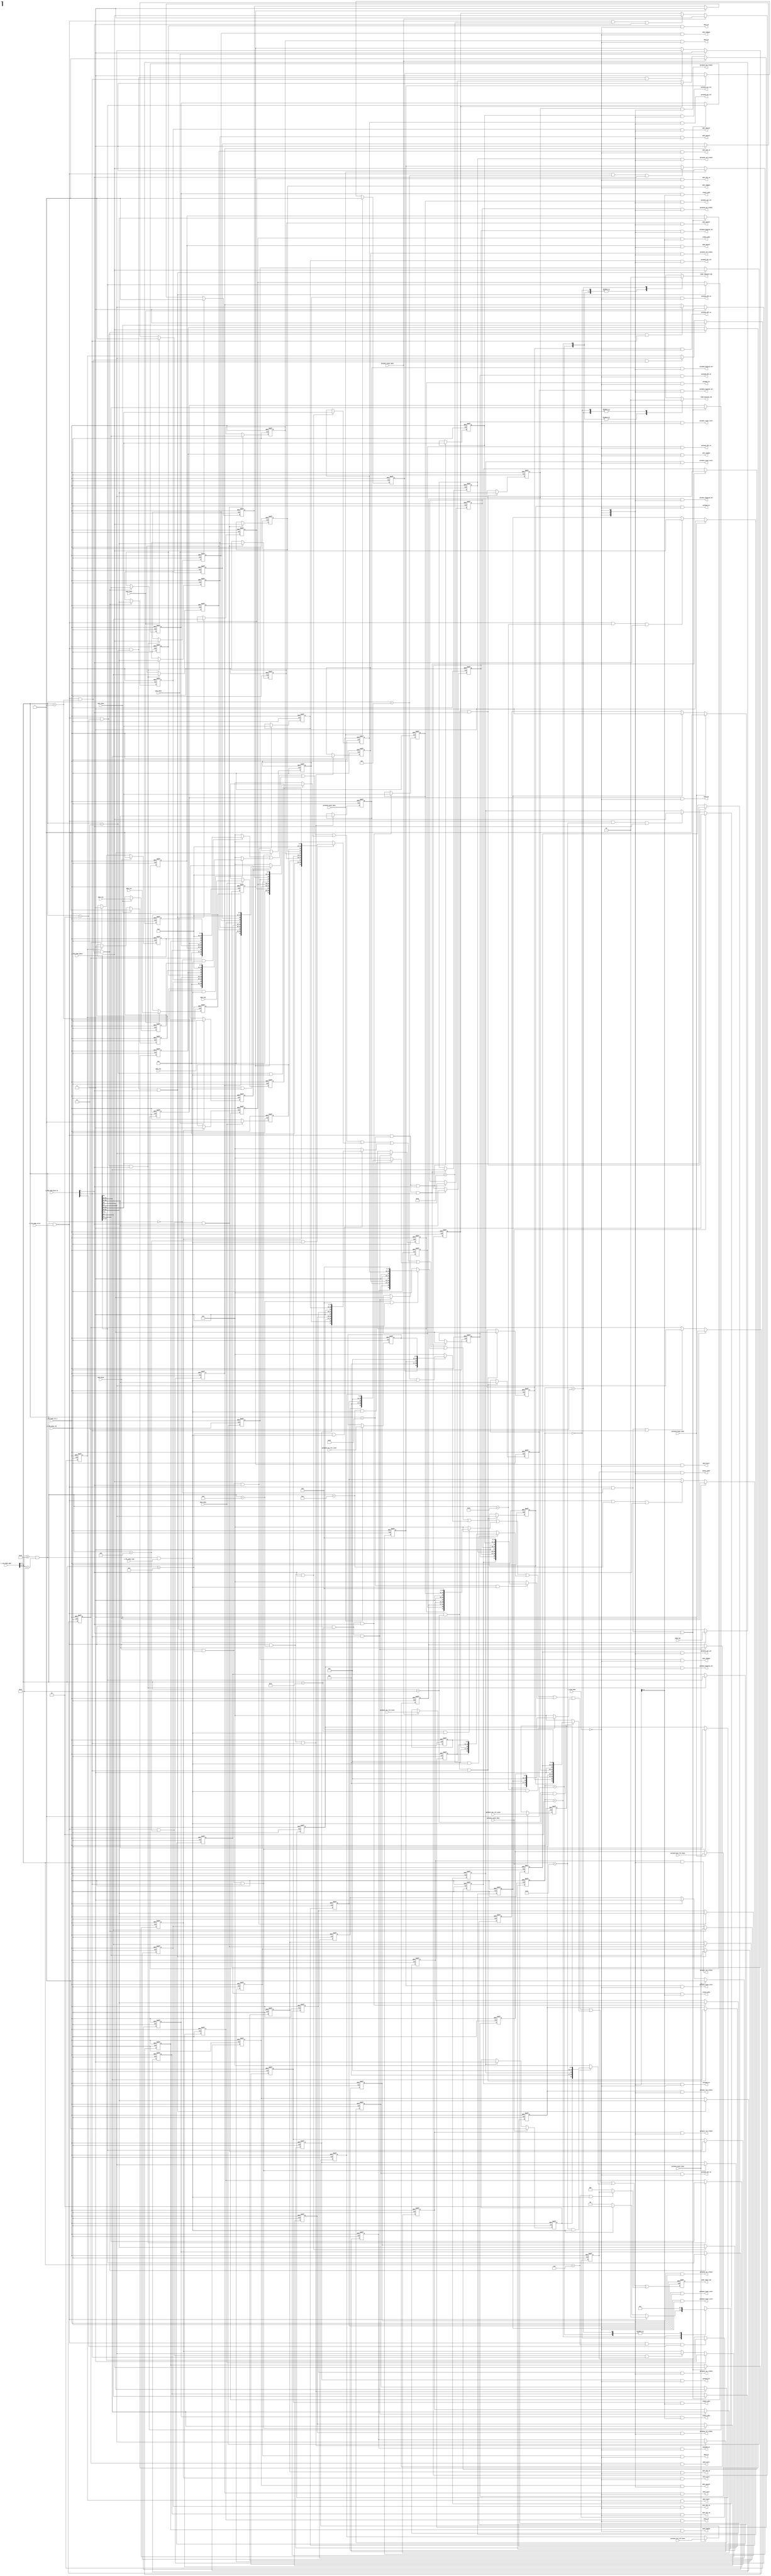
// This program was cloned from: https://github.com/chipsalliance/aib-phy-hardware
// License: Apache License 2.0

// SPDX-License-Identifier: Apache-2.0
// Copyright (C) 2022 HCL Technologies Ltd.
// Copyright (C) 2022 Blue Cheetah Analog Design, Inc.

module aib_avmm_top(
// Avalon interface Inputs
input        i_cfg_avmm_clk,
input        i_cfg_avmm_rst_n,
input [16:0] i_cfg_avmm_addr,
input [ 3:0] i_cfg_avmm_byte_en,
input        i_cfg_avmm_read,
input        i_cfg_avmm_write,
input [31:0] i_cfg_avmm_wdata,
// Scan mode input
input        i_scan_mode,
// ADC0 signals
output [1:0] clkdiv_adc0,
output [2:0] adc0_muxsel,
output       adc0_en,
output       adc0_start,
output       adc0_chopen,
output       adc0_dfx_en,
input  [9:0] adc0_out,
input        adc0_done,
// ADC1 signals
output [1:0] clkdiv_adc1,
output [2:0] adc1_muxsel,
output       adc1_en,
output       adc1_start,
output       adc1_chopen,
output       adc1_dfx_en,
input  [9:0] adc1_out,
input        adc1_done,
// ADC2 signals
output [1:0] clkdiv_adc2,
output [2:0] adc2_muxsel,
output       adc2_en,
output       adc2_start,
output       adc2_chopen,
output       adc2_dfx_en,
input  [9:0] adc2_out,
input        adc2_done,
// ADC3 signals
output [1:0] clkdiv_adc3,
output [2:0] adc3_muxsel,
output       adc3_en,
output       adc3_start,
output       adc3_chopen,
output       adc3_dfx_en,
input  [9:0] adc3_out,
input        adc3_done,
// ADC4 signals
output [1:0] clkdiv_adc4,
output [2:0] adc4_muxsel,
output       adc4_en,
output       adc4_start,
output       adc4_chopen,
output       adc4_dfx_en,
input  [9:0] adc4_out,
input        adc4_done,
// AIBIO PVTMONA CBB
output        pvtmona_en,
output        pvtmona_dfx_en,
output [ 2:0] pvtmona_digview_sel,
output [ 2:0] pvtmona_ref_clkdiv,
output [ 2:0] pvtmona_osc_clkdiv,
output [ 2:0] pvtmona_osc_sel,
output        pvtmona_count_start,
input  [ 9:0] pvtmona_osc_clk_count,
input         pvtmona_count_done,
// AIBIO PVTMONB CBB
output        pvtmonb_en,
output        pvtmonb_dfx_en,
output [ 2:0] pvtmonb_digview_sel,
output [ 2:0] pvtmonb_ref_clkdiv,
output [ 2:0] pvtmonb_osc_clkdiv,
output [ 2:0] pvtmonb_osc_sel,
output        pvtmonb_count_start,
input  [ 9:0] pvtmonb_osc_clk_count,
input         pvtmonb_count_done,
// AIBIO PVTMONC CBB
output        pvtmonc_en,
output        pvtmonc_dfx_en,
output [ 2:0] pvtmonc_digview_sel,
output [ 2:0] pvtmonc_ref_clkdiv,
output [ 2:0] pvtmonc_osc_clkdiv,
output [ 2:0] pvtmonc_osc_sel,
output        pvtmonc_count_start,
input  [ 9:0] pvtmonc_osc_clk_count,
input         pvtmonc_count_done,
// AIBIO PVTMOND CBB
output        pvtmond_en,
output        pvtmond_dfx_en,
output [ 2:0] pvtmond_digview_sel,
output [ 2:0] pvtmond_ref_clkdiv,
output [ 2:0] pvtmond_osc_clkdiv,
output [ 2:0] pvtmond_osc_sel,
output        pvtmond_count_start,
input  [ 9:0] pvtmond_osc_clk_count,
input         pvtmond_count_done,
// AIBIO PVTMONA CBB
output        pvtmone_en,
output        pvtmone_dfx_en,
output [ 2:0] pvtmone_digview_sel,
output [ 2:0] pvtmone_ref_clkdiv,
output [ 2:0] pvtmone_osc_clkdiv,
output [ 2:0] pvtmone_osc_sel,
output        pvtmone_count_start,
input  [ 9:0] pvtmone_osc_clk_count,
input         pvtmone_count_done,
// Auxiliary Channel signals
output [2:0] auxch_rxbuf,
// Avalon outputs
output reg        avmm_rdatavld_top,
output reg [31:0] avmm_rdata_top, 
output reg        avmm_waitreq_top
);

// Address offsets
localparam [7:0] ADC0_ADDR_OFF  = 'h0;  
localparam [7:0] ADC1_ADDR_OFF  = 'h4;  
localparam [7:0] ADC2_ADDR_OFF  = 'h8;  
localparam [7:0] ADC3_ADDR_OFF  = 'hc;  
localparam [7:0] ADC4_ADDR_OFF  = 'h10; 
localparam [7:0] AUXCH_ADDR_OFF = 'h18;

// PVTMON offsets
localparam [7:0] PVTMONA3_ADDR_OFF   = 8'h24;
localparam [7:0] PVTMONA4_ADDR_OFF   = 8'h28;
localparam [7:0] PVTMONB3_ADDR_OFF   = 8'h34;
localparam [7:0] PVTMONB4_ADDR_OFF   = 8'h38;
localparam [7:0] PVTMONC3_ADDR_OFF   = 8'h44;
localparam [7:0] PVTMONC4_ADDR_OFF   = 8'h48;
localparam [7:0] PVTMOND3_ADDR_OFF   = 8'h54;
localparam [7:0] PVTMOND4_ADDR_OFF   = 8'h58;
localparam [7:0] PVTMONE3_ADDR_OFF   = 8'h64;
localparam [7:0] PVTMONE4_ADDR_OFF   = 8'h68;

// Base addresses
localparam [16:0] AIB_BASE_LWR = 17'hc000;
localparam [16:0] AIB_BASE_UPR = 17'hc800;

// Access FSM states
localparam [1:0] AVMM_IDLE  = 2'd0;
localparam [1:0] AVMM_WRITE = 2'd1;
localparam [1:0] AVMM_READ  = 2'd2;
localparam [1:0] AVMM_VLRD  = 2'd3;

wire [31:0] rdata_comb;
wire        top_addr_match;
wire        top_only_write;
wire        top_only_read;
reg  [ 1:0] avmm_fsm_ns;
reg  [ 1:0] avmm_fsm_ff;

//--------------------------
// ADC0 register
//--------------------------
wire        adc0_sel;
wire        adc0_read;
wire        adc0_wbyte_23_16;
wire        adc0_wbyte_31_24;
wire [31:0] adc0_data;
reg         adc0_done_ff;
reg  [ 9:0] adc0_value_ff;
reg  [ 1:0] clkdiv_adc0_ff;
reg  [ 2:0] adc0_muxsel_ff;
reg         adc0_en_ff;
reg         adc0_start_ff;
reg         adc0_chopen_ff;
reg         adc0_dfx_en_ff;

//--------------------------
// ADC1 register
//--------------------------
wire        adc1_sel;
wire        adc1_read;
wire        adc1_wbyte_23_16;
wire        adc1_wbyte_31_24;
wire [31:0] adc1_data;
reg         adc1_done_ff;
reg  [ 9:0] adc1_value_ff;
reg  [ 1:0] clkdiv_adc1_ff;
reg  [ 2:0] adc1_muxsel_ff;
reg         adc1_en_ff;
reg         adc1_start_ff;
reg         adc1_chopen_ff;
reg         adc1_dfx_en_ff;

//--------------------------
// ADC2 register
//--------------------------
wire        adc2_sel;
wire        adc2_read;
wire        adc2_wbyte_23_16;
wire        adc2_wbyte_31_24;
wire [31:0] adc2_data;
reg         adc2_done_ff;
reg  [ 9:0] adc2_value_ff;
reg  [ 1:0] clkdiv_adc2_ff;
reg  [ 2:0] adc2_muxsel_ff;
reg         adc2_en_ff;
reg         adc2_start_ff;
reg         adc2_chopen_ff;
reg         adc2_dfx_en_ff;

//--------------------------
// ADC3 register
//--------------------------
wire        adc3_sel;
wire        adc3_read;
wire        adc3_wbyte_23_16;
wire        adc3_wbyte_31_24;
wire [31:0] adc3_data;
reg         adc3_done_ff;
reg  [ 9:0] adc3_value_ff;
reg  [ 1:0] clkdiv_adc3_ff;
reg  [ 2:0] adc3_muxsel_ff;
reg         adc3_en_ff;
reg         adc3_start_ff;
reg         adc3_chopen_ff;
reg         adc3_dfx_en_ff;

//--------------------------
// ADC4 register
//--------------------------
wire        adc4_sel;
wire        adc4_read;
wire        adc4_wbyte_23_16;
wire        adc4_wbyte_31_24;
wire [31:0] adc4_data;
reg         adc4_done_ff;
reg  [ 9:0] adc4_value_ff;
reg  [ 1:0] clkdiv_adc4_ff;
reg  [ 2:0] adc4_muxsel_ff;
reg         adc4_en_ff;
reg         adc4_start_ff;
reg         adc4_chopen_ff;
reg         adc4_dfx_en_ff;

//--------------------------
// AUXCH register
//--------------------------
wire        auxch_sel;
wire        auxch_read;
wire        auxch_wbyte_7_0;
wire [31:0] auxch_data;
reg  [ 2:0] auxch_rxbuf_cfg_code_ff;

//--------------------------
// PVTMONA3 register
//--------------------------
wire        pvtmona3_sel;
wire        pvtmona3_read;
wire        pvtmona3_wbyte_23_16;
wire        pvtmona3_wbyte_31_24;
wire [31:0] pvtmona3_data;
reg         pvtmona3_en_ff;
reg         pvtmona3_dfx_en_ff;
reg  [ 2:0] pvtmona3_digview_sel_ff;
reg  [ 2:0] pvtmona3_ref_clkdiv_ff;
reg  [ 2:0] pvtmona3_osc_clkdiv_ff;
reg  [ 2:0] pvtmona3_osc_sel_ff;

//--------------------------
// PVTMONA4 register
//--------------------------
wire        pvtmona4_sel;
wire        pvtmona4_read;
wire        pvtmona4_wbyte_23_16;
wire [31:0] pvtmona4_data;
reg         pvtmona4_count_done_ff;
reg         pvtmona4_count_start_ff;
reg  [ 9:0] pvtmona4_osc_clk_count_ff;

//--------------------------
// PVTMONB3 register
//--------------------------
wire        pvtmonb3_sel;
wire        pvtmonb3_read;
wire        pvtmonb3_wbyte_23_16;
wire        pvtmonb3_wbyte_31_24;
wire [31:0] pvtmonb3_data;
reg         pvtmonb3_en_ff;
reg         pvtmonb3_dfx_en_ff;
reg  [ 2:0] pvtmonb3_digview_sel_ff;
reg  [ 2:0] pvtmonb3_ref_clkdiv_ff;
reg  [ 2:0] pvtmonb3_osc_clkdiv_ff;
reg  [ 2:0] pvtmonb3_osc_sel_ff;

//--------------------------
// PVTMONB4 register
//--------------------------
wire        pvtmonb4_sel;
wire        pvtmonb4_read;
wire        pvtmonb4_wbyte_23_16;
wire [31:0] pvtmonb4_data;
reg         pvtmonb4_count_done_ff;
reg         pvtmonb4_count_start_ff;
reg  [ 9:0] pvtmonb4_osc_clk_count_ff;

//--------------------------
// PVTMONC3 register
//--------------------------
wire        pvtmonc3_sel;
wire        pvtmonc3_read;
wire        pvtmonc3_wbyte_23_16;
wire        pvtmonc3_wbyte_31_24;
wire [31:0] pvtmonc3_data;
reg         pvtmonc3_en_ff;
reg         pvtmonc3_dfx_en_ff;
reg  [ 2:0] pvtmonc3_digview_sel_ff;
reg  [ 2:0] pvtmonc3_ref_clkdiv_ff;
reg  [ 2:0] pvtmonc3_osc_clkdiv_ff;
reg  [ 2:0] pvtmonc3_osc_sel_ff;

//--------------------------
// PVTMONC4 register
//--------------------------
wire        pvtmonc4_sel;
wire        pvtmonc4_read;
wire        pvtmonc4_wbyte_23_16;
wire [31:0] pvtmonc4_data;
reg         pvtmonc4_count_done_ff;
reg         pvtmonc4_count_start_ff;
reg  [ 9:0] pvtmonc4_osc_clk_count_ff;

//--------------------------
// PVTMOND3 register
//--------------------------
wire        pvtmond3_sel;
wire        pvtmond3_read;
wire        pvtmond3_wbyte_23_16;
wire        pvtmond3_wbyte_31_24;
wire [31:0] pvtmond3_data;
reg         pvtmond3_en_ff;
reg         pvtmond3_dfx_en_ff;
reg  [ 2:0] pvtmond3_digview_sel_ff;
reg  [ 2:0] pvtmond3_ref_clkdiv_ff;
reg  [ 2:0] pvtmond3_osc_clkdiv_ff;
reg  [ 2:0] pvtmond3_osc_sel_ff;

//--------------------------
// PVTMOND4 register
//--------------------------
wire        pvtmond4_sel;
wire        pvtmond4_read;
wire        pvtmond4_wbyte_23_16;
wire [31:0] pvtmond4_data;
reg         pvtmond4_count_done_ff;
reg         pvtmond4_count_start_ff;
reg  [ 9:0] pvtmond4_osc_clk_count_ff;

//--------------------------
// PVTMONE3 register
//--------------------------
wire        pvtmone3_sel;
wire        pvtmone3_read;
wire        pvtmone3_wbyte_23_16;
wire        pvtmone3_wbyte_31_24;
wire [31:0] pvtmone3_data;
reg         pvtmone3_en_ff;
reg         pvtmone3_dfx_en_ff;
reg  [ 2:0] pvtmone3_digview_sel_ff;
reg  [ 2:0] pvtmone3_ref_clkdiv_ff;
reg  [ 2:0] pvtmone3_osc_clkdiv_ff;
reg  [ 2:0] pvtmone3_osc_sel_ff;

//--------------------------
// PVTMONE4 register
//--------------------------
wire        pvtmone4_sel;
wire        pvtmone4_read;
wire        pvtmone4_wbyte_23_16;
wire [31:0] pvtmone4_data;
reg         pvtmone4_count_done_ff;
reg         pvtmone4_count_start_ff;
reg  [ 9:0] pvtmone4_osc_clk_count_ff;

//------------------------------------------------------------------------------
//                          Address decodification
//------------------------------------------------------------------------------

assign top_addr_match  = (i_cfg_avmm_addr[16:11] >= AIB_BASE_LWR[16:11])& 
                         (i_cfg_avmm_addr[16:11] <  AIB_BASE_UPR[16:11]);

assign top_only_write = top_addr_match & i_cfg_avmm_write;
assign top_only_read  = top_addr_match & i_cfg_avmm_read;

//------------------------------------------------------------------------------
//                          Access FSM
//------------------------------------------------------------------------------

// Access FSM next state and output logic
always @(*)
  begin: avmm_fsm_ns_output_logic
    case(avmm_fsm_ff[1:0])
      AVMM_IDLE:
        begin
          avmm_waitreq_top  = 1'b1;
          avmm_rdatavld_top = 1'b0;
          if(top_only_write)
            begin
              avmm_fsm_ns[1:0] = AVMM_WRITE;
            end
          else if(top_only_read)
            begin
              avmm_fsm_ns[1:0] = AVMM_READ;
            end
          else
            begin
              avmm_fsm_ns[1:0] = AVMM_IDLE;
            end
        end
      AVMM_WRITE:
        begin
          avmm_waitreq_top  = 1'b0;
          avmm_rdatavld_top = 1'b0;
          avmm_fsm_ns[1:0]  = AVMM_IDLE;
        end
      AVMM_READ:
        begin
          avmm_waitreq_top  = 1'b0;
          avmm_rdatavld_top = 1'b0;
          avmm_fsm_ns[1:0]  = AVMM_VLRD;
        end
      AVMM_VLRD:
        begin
          avmm_waitreq_top  = 1'b1;
          avmm_rdatavld_top = 1'b1;
          avmm_fsm_ns[1:0]  = AVMM_IDLE;
        end
    endcase
  end // block: avmm_fsm_ns_output_logic

// AVMM access FSM register
always @(posedge i_cfg_avmm_clk or negedge i_cfg_avmm_rst_n)
  begin: avmm_fsm_register
    if(!i_cfg_avmm_rst_n)
      avmm_fsm_ff[1:0] <= AVMM_IDLE;
    else
      avmm_fsm_ff[1:0] <= avmm_fsm_ns[1:0];
  end // block: avmm_fsm_register


//------------------------------------------------------------------------------
//                                ADC0 register
//------------------------------------------------------------------------------
assign adc0_sel  = (i_cfg_avmm_addr[7:2] == ADC0_ADDR_OFF[7:2]);
assign adc0_read = adc0_sel & top_only_read;

assign adc0_wbyte_23_16 = top_only_write & adc0_sel & i_cfg_avmm_byte_en[2];
assign adc0_wbyte_31_24 = top_only_write & adc0_sel & i_cfg_avmm_byte_en[3];

// ADC0 conversion data register
always @(posedge i_cfg_avmm_clk or negedge i_cfg_avmm_rst_n)
  begin: adc0_value_register
    if(!i_cfg_avmm_rst_n)
      adc0_value_ff[9:0] <= 10'h0;
    else if(adc0_done) // Samples ADC conversion value
      adc0_value_ff[9:0] <= adc0_out[9:0];
  end // block: adc0_value_register

// ADC0 conversion done register
always @(posedge i_cfg_avmm_clk or negedge i_cfg_avmm_rst_n)
  begin: adc0_done_register
    if(!i_cfg_avmm_rst_n)
      adc0_done_ff <= 1'h0;
    else if(adc0_done) // ADC conversion done
      adc0_done_ff <= 1'h1;
    else if(adc0_start_ff) // ADC done is cleared when ADC conversion starts
      adc0_done_ff <= 1'h0;
  end // block: adc0_done_register

// ADC start register
always @(posedge i_cfg_avmm_clk or negedge i_cfg_avmm_rst_n)
  begin: adc0_start_register
    if(!i_cfg_avmm_rst_n)
      begin
        adc0_start_ff <= 1'h0;
      end
    else if(adc0_done)
      begin
        adc0_start_ff  <= 1'h0;
      end
    else if(adc0_wbyte_31_24)
      begin
        adc0_start_ff  <= i_cfg_avmm_wdata[31];
      end
  end // block: adc0_start_register

always @(posedge i_cfg_avmm_clk or negedge i_cfg_avmm_rst_n)
  begin: adc0_byte_23_16_register
    if(!i_cfg_avmm_rst_n)
      begin
        adc0_chopen_ff      <= 1'h0;
        adc0_en_ff          <= 1'h0;
        clkdiv_adc0_ff[1:0] <= 2'h0;
        adc0_muxsel_ff[2:0] <= 3'h0;
        adc0_dfx_en_ff      <= 1'h0;
      end
    else if(adc0_wbyte_23_16)
      begin
        adc0_chopen_ff      <= i_cfg_avmm_wdata[16];
        adc0_en_ff          <= i_cfg_avmm_wdata[17];
        clkdiv_adc0_ff[1:0] <= i_cfg_avmm_wdata[19:18];
        adc0_muxsel_ff[2:0] <= i_cfg_avmm_wdata[22:20];
        adc0_dfx_en_ff      <= i_cfg_avmm_wdata[23];
      end
  end // block: adc0_byte_23_16_register

assign adc0_data[31:0] = { adc0_start_ff,
                           7'h0,
                           adc0_dfx_en_ff,
                           adc0_muxsel_ff[2:0],
                           clkdiv_adc0_ff[1:0],
                           adc0_en_ff,
                           adc0_chopen_ff,
                           adc0_done_ff,
                           5'h0,
                           adc0_value_ff[9:0] };

assign adc0_start       = adc0_start_ff       & ~i_scan_mode;
assign adc0_dfx_en      = adc0_dfx_en_ff      & ~i_scan_mode;
assign adc0_muxsel[2:0] = adc0_muxsel_ff[2:0] & {3{(~i_scan_mode)}};
assign clkdiv_adc0[1:0] = clkdiv_adc0_ff[1:0] & {2{(~i_scan_mode)}};
assign adc0_en          = adc0_en_ff          & ~i_scan_mode;
assign adc0_chopen      = adc0_chopen_ff      & ~i_scan_mode;

//------------------------------------------------------------------------------
//                                ADC1 register
//------------------------------------------------------------------------------
assign adc1_sel  = (i_cfg_avmm_addr[7:2] == ADC1_ADDR_OFF[7:2]);
assign adc1_read = adc1_sel & top_only_read;

assign adc1_wbyte_23_16 = top_only_write & adc1_sel & i_cfg_avmm_byte_en[2];
assign adc1_wbyte_31_24 = top_only_write & adc1_sel & i_cfg_avmm_byte_en[3];

// ADC1 conversion data register
always @(posedge i_cfg_avmm_clk or negedge i_cfg_avmm_rst_n)
  begin: adc1_value_register
    if(!i_cfg_avmm_rst_n)
      adc1_value_ff[9:0] <= 10'h0;
    else if(adc1_done) // Samples ADC conversion value
      adc1_value_ff[9:0] <= adc1_out[9:0];
  end // block: adc1_value_register

// ADC1 conversion done register
always @(posedge i_cfg_avmm_clk or negedge i_cfg_avmm_rst_n)
  begin: adc1_done_register
    if(!i_cfg_avmm_rst_n)
      adc1_done_ff <= 1'h0;
    else if(adc1_done) // ADC conversion done
      adc1_done_ff <= 1'h1;
    else if(adc1_start_ff) // ADC done is cleared when ADC conversion starts
      adc1_done_ff <= 1'h0;
  end // block: adc1_done_register

// ADC start register
always @(posedge i_cfg_avmm_clk or negedge i_cfg_avmm_rst_n)
  begin: adc1_start_register
    if(!i_cfg_avmm_rst_n)
      begin
        adc1_start_ff <= 1'h0;
      end
    else if(adc1_done)
      begin
        adc1_start_ff  <= 1'h0;
      end
    else if(adc1_wbyte_31_24)
      begin
        adc1_start_ff  <=  i_cfg_avmm_wdata[31];
      end
  end // block: adc1_start_register

always @(posedge i_cfg_avmm_clk or negedge i_cfg_avmm_rst_n)
  begin: adc1_byte_23_16_register
    if(!i_cfg_avmm_rst_n)
      begin
        adc1_chopen_ff      <= 1'h0;
        adc1_en_ff          <= 1'h0;
        clkdiv_adc1_ff[1:0] <= 2'h0;
        adc1_muxsel_ff[2:0] <= 3'h0;
        adc1_dfx_en_ff      <= 1'h0;
      end
    else if(adc1_wbyte_23_16)
      begin
        adc1_chopen_ff      <= i_cfg_avmm_wdata[16];
        adc1_en_ff          <= i_cfg_avmm_wdata[17];
        clkdiv_adc1_ff[1:0] <= i_cfg_avmm_wdata[19:18];
        adc1_muxsel_ff[2:0] <= i_cfg_avmm_wdata[22:20];
        adc1_dfx_en_ff      <= i_cfg_avmm_wdata[23];
      end
  end // block: adc1_byte_23_16_register

assign adc1_data[31:0] = { adc1_start_ff,
                           7'h0,
                           adc1_dfx_en_ff,
                           adc1_muxsel_ff[2:0],
                           clkdiv_adc1_ff[1:0],
                           adc1_en_ff,
                           adc1_chopen_ff,
                           adc1_done_ff,
                           5'h0,
                           adc1_value_ff[9:0] };

assign adc1_start       = adc1_start_ff       & ~i_scan_mode;
assign adc1_dfx_en      = adc1_dfx_en_ff      & ~i_scan_mode;
assign adc1_muxsel[2:0] = adc1_muxsel_ff[2:0] & {3{(~i_scan_mode)}};
assign clkdiv_adc1[1:0] = clkdiv_adc1_ff[1:0] & {2{(~i_scan_mode)}};
assign adc1_en          = adc1_en_ff          & ~i_scan_mode;
assign adc1_chopen      = adc1_chopen_ff      & ~i_scan_mode;

//------------------------------------------------------------------------------
//                                ADC2 register
//------------------------------------------------------------------------------
assign adc2_sel  = (i_cfg_avmm_addr[7:2] == ADC2_ADDR_OFF[7:2]);
assign adc2_read = adc2_sel & top_only_read;

assign adc2_wbyte_23_16 = top_only_write & adc2_sel & i_cfg_avmm_byte_en[2];
assign adc2_wbyte_31_24 = top_only_write & adc2_sel & i_cfg_avmm_byte_en[3];

// ADC2 conversion data register
always @(posedge i_cfg_avmm_clk or negedge i_cfg_avmm_rst_n)
  begin: adc2_value_register
    if(!i_cfg_avmm_rst_n)
      adc2_value_ff[9:0] <= 10'h0;
    else if(adc2_done) // Samples ADC conversion value
      adc2_value_ff[9:0] <= adc2_out[9:0];
  end // block: adc2_value_register

// ADC2 conversion done register
always @(posedge i_cfg_avmm_clk or negedge i_cfg_avmm_rst_n)
  begin: adc2_done_register
    if(!i_cfg_avmm_rst_n)
      adc2_done_ff <= 1'h0;
    else if(adc2_done) // ADC conversion done
      adc2_done_ff <= 1'h1;
    else if(adc2_start_ff) // ADC done is cleared when ADC conversion starts
      adc2_done_ff <= 1'h0;
  end // block: adc2_done_register

// ADC start register
always @(posedge i_cfg_avmm_clk or negedge i_cfg_avmm_rst_n)
  begin: adc2_start_register
    if(!i_cfg_avmm_rst_n)
      begin
        adc2_start_ff <= 1'h0;
      end
    else if(adc2_done)
      begin
        adc2_start_ff  <= 1'h0;
      end
    else if(adc2_wbyte_31_24)
      begin
        adc2_start_ff  <= i_cfg_avmm_wdata[31];
      end
  end // block: adc2_start_register

always @(posedge i_cfg_avmm_clk or negedge i_cfg_avmm_rst_n)
  begin: adc2_byte_23_16_register
    if(!i_cfg_avmm_rst_n)
      begin
        adc2_chopen_ff      <= 1'h0;
        adc2_en_ff          <= 1'h0;
        clkdiv_adc2_ff[1:0] <= 2'h0;
        adc2_muxsel_ff[2:0] <= 3'h0;
        adc2_dfx_en_ff      <= 1'h0;
      end
    else if(adc2_wbyte_23_16)
      begin
        adc2_chopen_ff      <= i_cfg_avmm_wdata[16];
        adc2_en_ff          <= i_cfg_avmm_wdata[17];
        clkdiv_adc2_ff[1:0] <= i_cfg_avmm_wdata[19:18];
        adc2_muxsel_ff[2:0] <= i_cfg_avmm_wdata[22:20];
        adc2_dfx_en_ff      <= i_cfg_avmm_wdata[23];
      end
  end // block: adc2_byte_23_16_register

assign adc2_data[31:0] = { adc2_start_ff,
                           7'h0,
                           adc2_dfx_en_ff,
                           adc2_muxsel_ff[2:0],
                           clkdiv_adc2_ff[1:0],
                           adc2_en_ff,
                           adc2_chopen_ff,
                           adc2_done_ff,
                           5'h0,
                           adc2_value_ff[9:0] };

assign adc2_start       = adc2_start_ff       & ~i_scan_mode;
assign adc2_dfx_en      = adc2_dfx_en_ff      & ~i_scan_mode;
assign adc2_muxsel[2:0] = adc2_muxsel_ff[2:0] & {3{(~i_scan_mode)}};
assign clkdiv_adc2[1:0] = clkdiv_adc2_ff[1:0] & {2{(~i_scan_mode)}};
assign adc2_en          = adc2_en_ff          & ~i_scan_mode;
assign adc2_chopen      = adc2_chopen_ff      & ~i_scan_mode;

//------------------------------------------------------------------------------
//                                ADC3 register
//------------------------------------------------------------------------------
assign adc3_sel  = (i_cfg_avmm_addr[7:2] == ADC3_ADDR_OFF[7:2]);
assign adc3_read = adc3_sel & top_only_read;

assign adc3_wbyte_23_16 = top_only_write & adc3_sel & i_cfg_avmm_byte_en[2];
assign adc3_wbyte_31_24 = top_only_write & adc3_sel & i_cfg_avmm_byte_en[3];

// ADC3 conversion data register
always @(posedge i_cfg_avmm_clk or negedge i_cfg_avmm_rst_n)
  begin: adc3_value_register
    if(!i_cfg_avmm_rst_n)
      adc3_value_ff[9:0] <= 10'h0;
    else if(adc3_done) // Samples ADC conversion value
      adc3_value_ff[9:0] <= adc3_out[9:0];
  end // block: adc3_value_register

// ADC3 conversion done register
always @(posedge i_cfg_avmm_clk or negedge i_cfg_avmm_rst_n)
  begin: adc3_done_register
    if(!i_cfg_avmm_rst_n)
      adc3_done_ff <= 1'h0;
    else if(adc3_done) // ADC conversion done
      adc3_done_ff <= 1'h1;
    else if(adc3_start_ff) // ADC done is cleared when ADC conversion starts
      adc3_done_ff <= 1'h0;
  end // block: adc3_done_register

// ADC start register
always @(posedge i_cfg_avmm_clk or negedge i_cfg_avmm_rst_n)
  begin: adc3_start_register
    if(!i_cfg_avmm_rst_n)
      begin
        adc3_start_ff <= 1'h0;
      end
    else if(adc3_done)
      begin
        adc3_start_ff  <= 1'h0;
      end
    else if(adc3_wbyte_31_24)
      begin
        adc3_start_ff  <= i_cfg_avmm_wdata[31];
      end
  end // block: adc3_start_register

always @(posedge i_cfg_avmm_clk or negedge i_cfg_avmm_rst_n)
  begin: adc3_byte_23_16_register
    if(!i_cfg_avmm_rst_n)
      begin
        adc3_chopen_ff      <= 1'h0;
        adc3_en_ff          <= 1'h0;
        clkdiv_adc3_ff[1:0] <= 2'h0;
        adc3_muxsel_ff[2:0] <= 3'h0;
        adc3_dfx_en_ff      <= 1'h0;
      end
    else if(adc3_wbyte_23_16)
      begin
        adc3_chopen_ff      <= i_cfg_avmm_wdata[16];
        adc3_en_ff          <= i_cfg_avmm_wdata[17];
        clkdiv_adc3_ff[1:0] <= i_cfg_avmm_wdata[19:18];
        adc3_muxsel_ff[2:0] <= i_cfg_avmm_wdata[22:20];
        adc3_dfx_en_ff      <= i_cfg_avmm_wdata[23];
      end
  end // block: adc3_byte_23_16_register

assign adc3_data[31:0] = { adc3_start_ff,
                           7'h0,
                           adc3_dfx_en_ff,
                           adc3_muxsel_ff[2:0],
                           clkdiv_adc3_ff[1:0],
                           adc3_en_ff,
                           adc3_chopen_ff,
                           adc3_done_ff,
                           5'h0,
                           adc3_value_ff[9:0] };


assign adc3_start       = adc3_start_ff       & ~i_scan_mode;
assign adc3_dfx_en      = adc3_dfx_en_ff      & ~i_scan_mode;
assign adc3_muxsel[2:0] = adc3_muxsel_ff[2:0] & {3{(~i_scan_mode)}};
assign clkdiv_adc3[1:0] = clkdiv_adc3_ff[1:0] & {2{(~i_scan_mode)}};
assign adc3_en          = adc3_en_ff          & ~i_scan_mode;
assign adc3_chopen      = adc3_chopen_ff      & ~i_scan_mode;

//------------------------------------------------------------------------------
//                                ADC4 register
//------------------------------------------------------------------------------
assign adc4_sel  = (i_cfg_avmm_addr[7:2] == ADC4_ADDR_OFF[7:2]);
assign adc4_read = adc4_sel & top_only_read;

assign adc4_wbyte_23_16 = top_only_write & adc4_sel & i_cfg_avmm_byte_en[2];
assign adc4_wbyte_31_24 = top_only_write & adc4_sel & i_cfg_avmm_byte_en[3];

// ADC4 conversion data register
always @(posedge i_cfg_avmm_clk or negedge i_cfg_avmm_rst_n)
  begin: adc4_value_register
    if(!i_cfg_avmm_rst_n)
      adc4_value_ff[9:0] <= 10'h0;
    else if(adc4_done) // Samples ADC conversion value
      adc4_value_ff[9:0] <= adc4_out[9:0];
  end // block: adc4_value_register

// ADC4 conversion done register
always @(posedge i_cfg_avmm_clk or negedge i_cfg_avmm_rst_n)
  begin: adc4_done_register
    if(!i_cfg_avmm_rst_n)
      adc4_done_ff <= 1'h0;
    else if(adc4_done) // ADC conversion done
      adc4_done_ff <= 1'h1;
    else if(adc4_start_ff) // ADC done is cleared when ADC conversion starts
      adc4_done_ff <= 1'h0;
  end // block: adc4_done_register

// ADC start register
always @(posedge i_cfg_avmm_clk or negedge i_cfg_avmm_rst_n)
  begin: adc4_start_register
    if(!i_cfg_avmm_rst_n)
      begin
        adc4_start_ff <= 1'h0;
      end
    else if(adc4_done)
      begin
        adc4_start_ff  <= 1'h0;
      end
    else if(adc4_wbyte_31_24)
      begin
        adc4_start_ff  <= i_cfg_avmm_wdata[31];
      end
  end // block: adc4_start_register

always @(posedge i_cfg_avmm_clk or negedge i_cfg_avmm_rst_n)
  begin: adc4_byte_23_16_register
    if(!i_cfg_avmm_rst_n)
      begin
        adc4_chopen_ff      <= 1'h0;
        adc4_en_ff          <= 1'h0;
        clkdiv_adc4_ff[1:0] <= 2'h0;
        adc4_muxsel_ff[2:0] <= 3'h0;
        adc4_dfx_en_ff      <= 1'h0;
      end
    else if(adc4_wbyte_23_16)
      begin
        adc4_chopen_ff      <= i_cfg_avmm_wdata[16];
        adc4_en_ff          <= i_cfg_avmm_wdata[17];
        clkdiv_adc4_ff[1:0] <= i_cfg_avmm_wdata[19:18];
        adc4_muxsel_ff[2:0] <= i_cfg_avmm_wdata[22:20];
        adc4_dfx_en_ff      <= i_cfg_avmm_wdata[23];
      end
  end // block: adc4_byte_23_16_register

assign adc4_data[31:0] = { adc4_start_ff,
                           7'h0,
                           adc4_dfx_en_ff,
                           adc4_muxsel_ff[2:0],
                           clkdiv_adc4_ff[1:0],
                           adc4_en_ff,
                           adc4_chopen_ff,
                           adc4_done_ff,
                           5'h0,
                           adc4_value_ff[9:0] };

assign adc4_start       = adc4_start_ff       & ~i_scan_mode;
assign adc4_dfx_en      = adc4_dfx_en_ff      & ~i_scan_mode;
assign adc4_muxsel[2:0] = adc4_muxsel_ff[2:0] & {3{(~i_scan_mode)}};
assign clkdiv_adc4[1:0] = clkdiv_adc4_ff[1:0] & {2{(~i_scan_mode)}};
assign adc4_en          = adc4_en_ff          & ~i_scan_mode;
assign adc4_chopen      = adc4_chopen_ff      & ~i_scan_mode;

//------------------------------------------------------------------------------
//                             AUXCH register
//------------------------------------------------------------------------------
assign auxch_sel  = (i_cfg_avmm_addr[7:2] == AUXCH_ADDR_OFF[7:2]);
assign auxch_read = auxch_sel & top_only_read;

assign auxch_wbyte_7_0   = top_only_write & auxch_sel & i_cfg_avmm_byte_en[0];

always @(posedge i_cfg_avmm_clk or negedge i_cfg_avmm_rst_n)
  begin: auxch_byte_7_0_register
    if(!i_cfg_avmm_rst_n)
      begin
        auxch_rxbuf_cfg_code_ff[2:0] <= 3'h0;
      end
    else if(auxch_wbyte_7_0)
      begin
        auxch_rxbuf_cfg_code_ff[2:0] <= i_cfg_avmm_wdata[2:0];
      end
  end // block: auxch_byte_7_0_register

assign auxch_data[31:0] = {29'h0, auxch_rxbuf_cfg_code_ff[2:0]};

assign auxch_rxbuf[2:0] = auxch_rxbuf_cfg_code_ff[2:0] & {3{(~i_scan_mode)}};

//------------------------------------------------------------------------------
//                             AIBIO PVTMONA3 register
//------------------------------------------------------------------------------

assign pvtmona3_sel  = (i_cfg_avmm_addr[7:2]  == PVTMONA3_ADDR_OFF[7:2]);
assign pvtmona3_read = pvtmona3_sel & top_only_read;

assign pvtmona3_wbyte_23_16 = top_only_write & pvtmona3_sel & i_cfg_avmm_byte_en[2];
assign pvtmona3_wbyte_31_24 = top_only_write & pvtmona3_sel & i_cfg_avmm_byte_en[3];

always @(posedge i_cfg_avmm_clk or negedge i_cfg_avmm_rst_n)
  begin: pvtmona3_byte_23_16_register
    if(!i_cfg_avmm_rst_n)
      begin
        pvtmona3_osc_sel_ff[2:0]    <= 2'h0;
        pvtmona3_osc_clkdiv_ff[2:0] <= 3'h0;
      end
    else if(pvtmona3_wbyte_23_16)
      begin
        pvtmona3_osc_sel_ff[2:0]    <= i_cfg_avmm_wdata[18:16];
        pvtmona3_osc_clkdiv_ff[2:0] <= i_cfg_avmm_wdata[22:20];
      end
  end // block: pvtmona3_byte_23_16_register

always @(posedge i_cfg_avmm_clk or negedge i_cfg_avmm_rst_n)
  begin: pvtmona3_byte_31_24_register
    if(!i_cfg_avmm_rst_n)
      begin
        pvtmona3_ref_clkdiv_ff[2:0]  <= 3'h0;
        pvtmona3_digview_sel_ff[2:0] <= 3'h0;
        pvtmona3_dfx_en_ff           <= 1'b0;
        pvtmona3_en_ff               <= 1'h0;
      end
    else if(pvtmona3_wbyte_31_24)
      begin
        pvtmona3_ref_clkdiv_ff[2:0]  <= i_cfg_avmm_wdata[26:24];
        pvtmona3_digview_sel_ff[2:0] <= i_cfg_avmm_wdata[29:27];
        pvtmona3_dfx_en_ff           <= i_cfg_avmm_wdata[30];
        pvtmona3_en_ff               <= i_cfg_avmm_wdata[31];
      end
  end // block: pvtmona3_byte_31_24_register

assign pvtmona3_data[31:0] = { pvtmona3_en_ff,
                               pvtmona3_dfx_en_ff,
                               pvtmona3_digview_sel_ff[2:0],
                               pvtmona3_ref_clkdiv_ff[2:0],
                               1'h0,
                               pvtmona3_osc_clkdiv_ff[2:0],
                               1'h0,
                               pvtmona3_osc_sel_ff[2:0],
                               16'h0 };

// Logic to avoid that analog control signals change during scan
assign pvtmona_en          = pvtmona3_en_ff               & {(~i_scan_mode)};
assign pvtmona_dfx_en      = pvtmona3_dfx_en_ff           & {(~i_scan_mode)};
assign pvtmona_ref_clkdiv  = pvtmona3_ref_clkdiv_ff[2:0]  & {3{(~i_scan_mode)}};
assign pvtmona_digview_sel = pvtmona3_digview_sel_ff[2:0] & {3{(~i_scan_mode)}};
assign pvtmona_osc_clkdiv  = pvtmona3_osc_clkdiv_ff[2:0]  & {3{(~i_scan_mode)}};
assign pvtmona_osc_sel     = pvtmona3_osc_sel_ff[2:0]     & {3{(~i_scan_mode)}};

//------------------------------------------------------------------------------
//                             AIBIO PVTMONA4 register
//------------------------------------------------------------------------------

assign pvtmona4_sel  = (i_cfg_avmm_addr[7:2]  == PVTMONA4_ADDR_OFF[7:2]);
assign pvtmona4_read = pvtmona4_sel & top_only_read;

assign pvtmona4_wbyte_23_16 = top_only_write & pvtmona4_sel & i_cfg_avmm_byte_en[2];

// Oscillator clock counter done register
always @(posedge i_cfg_avmm_clk or negedge i_cfg_avmm_rst_n)
  begin: pvtmona4_osc_count_done_register
    if(!i_cfg_avmm_rst_n)
      pvtmona4_count_done_ff <= 1'h0;
    else if(pvtmona_count_done)
      pvtmona4_count_done_ff <= 1'h1;
    else if(pvtmona4_count_start_ff)
      pvtmona4_count_done_ff <= 1'h0;
  end // block: pvtmona4_osc_count_done_register

// Oscillator clock counter register
always @(posedge i_cfg_avmm_clk or negedge i_cfg_avmm_rst_n)
  begin: pvtmona4_osc_clk_count_register
    if(!i_cfg_avmm_rst_n)
      pvtmona4_osc_clk_count_ff[9:0] <= 10'h0;
    else if(pvtmona_count_done)
      pvtmona4_osc_clk_count_ff[9:0] <= pvtmona_osc_clk_count[9:0];
  end // block: pvtmona4_osc_clk_count_register

// PVT monitor counter start register
always @(posedge i_cfg_avmm_clk or negedge i_cfg_avmm_rst_n)
  begin: pvtmona4_count_start_register
    if(!i_cfg_avmm_rst_n)
      begin
        pvtmona4_count_start_ff <= 1'h0;
      end
    else if(pvtmona_count_done)
      begin
        pvtmona4_count_start_ff <= 1'h0;
      end
    else if(pvtmona4_wbyte_23_16)
      begin
        pvtmona4_count_start_ff <= i_cfg_avmm_wdata[16];
      end
  end // block: pvtmona4_byte_23_16_register

assign pvtmona4_data[31:0] = { pvtmona4_count_done_ff,
                               14'h0,
                               pvtmona4_count_start_ff,
                               6'h0,
                               pvtmona4_osc_clk_count_ff[9:0] };

// Logic to avoid that analog control signals change during scan
assign pvtmona_count_start = pvtmona4_count_start_ff & {(~i_scan_mode)};

//------------------------------------------------------------------------------
//                             AIBIO PVTMONB3 register
//------------------------------------------------------------------------------

assign pvtmonb3_sel  = (i_cfg_avmm_addr[7:2]  == PVTMONB3_ADDR_OFF[7:2]);
assign pvtmonb3_read = pvtmonb3_sel & top_only_read;

assign pvtmonb3_wbyte_23_16 = top_only_write & pvtmonb3_sel & i_cfg_avmm_byte_en[2];
assign pvtmonb3_wbyte_31_24 = top_only_write & pvtmonb3_sel & i_cfg_avmm_byte_en[3];

always @(posedge i_cfg_avmm_clk or negedge i_cfg_avmm_rst_n)
  begin: pvtmonb3_byte_23_16_register
    if(!i_cfg_avmm_rst_n)
      begin
        pvtmonb3_osc_sel_ff[2:0]    <= 3'h0;
        pvtmonb3_osc_clkdiv_ff[2:0] <= 3'h0;
      end
    else if(pvtmonb3_wbyte_23_16)
      begin
        pvtmonb3_osc_sel_ff[2:0]    <= i_cfg_avmm_wdata[18:16];
        pvtmonb3_osc_clkdiv_ff[2:0] <= i_cfg_avmm_wdata[22:20];
      end
  end // block: pvtmonb3_byte_23_16_register

always @(posedge i_cfg_avmm_clk or negedge i_cfg_avmm_rst_n)
  begin: pvtmonb3_byte_31_24_register
    if(!i_cfg_avmm_rst_n)
      begin
        pvtmonb3_ref_clkdiv_ff[2:0]  <= 3'h0;
        pvtmonb3_digview_sel_ff[2:0] <= 3'h0;
        pvtmonb3_dfx_en_ff           <= 1'b0;
        pvtmonb3_en_ff               <= 1'h0;
      end
    else if(pvtmonb3_wbyte_31_24)
      begin
        pvtmonb3_ref_clkdiv_ff[2:0] <= i_cfg_avmm_wdata[26:24];
        pvtmonb3_digview_sel_ff[2:0] <= i_cfg_avmm_wdata[29:27];
        pvtmonb3_dfx_en_ff          <= i_cfg_avmm_wdata[30];
        pvtmonb3_en_ff              <= i_cfg_avmm_wdata[31];
      end
  end // block: pvtmonb3_byte_31_24_register

assign pvtmonb3_data[31:0] = { pvtmonb3_en_ff,
                               pvtmonb3_dfx_en_ff,
                               pvtmonb3_digview_sel_ff[2:0],
                               pvtmonb3_ref_clkdiv_ff[2:0],
                               1'h0,
                               pvtmonb3_osc_clkdiv_ff[2:0],
                               1'h0,
                               pvtmonb3_osc_sel_ff[2:0],
                               16'h0 };

// Logic to avoid that analog control signals change during scan
assign pvtmonb_en          = pvtmonb3_en_ff               & {(~i_scan_mode)};
assign pvtmonb_dfx_en      = pvtmonb3_dfx_en_ff           & {(~i_scan_mode)};
assign pvtmonb_digview_sel = pvtmonb3_digview_sel_ff[2:0] & {3{(~i_scan_mode)}};
assign pvtmonb_ref_clkdiv  = pvtmonb3_ref_clkdiv_ff[2:0]  & {3{(~i_scan_mode)}};
assign pvtmonb_osc_clkdiv  = pvtmonb3_osc_clkdiv_ff[2:0]  & {3{(~i_scan_mode)}};
assign pvtmonb_osc_sel     = pvtmonb3_osc_sel_ff[2:0]     & {3{(~i_scan_mode)}};

//------------------------------------------------------------------------------
//                             AIBIO PVTMONB4 register
//------------------------------------------------------------------------------

assign pvtmonb4_sel  = (i_cfg_avmm_addr[7:2]  == PVTMONB4_ADDR_OFF[7:2]);
assign pvtmonb4_read = pvtmonb4_sel & top_only_read;

assign pvtmonb4_wbyte_23_16 = top_only_write & pvtmonb4_sel & i_cfg_avmm_byte_en[2];

// Oscillator clock counter done register
always @(posedge i_cfg_avmm_clk or negedge i_cfg_avmm_rst_n)
  begin: pvtmonb4_osc_count_done_register
    if(!i_cfg_avmm_rst_n)
      pvtmonb4_count_done_ff <= 1'h0;
    else if(pvtmonb_count_done)
      pvtmonb4_count_done_ff <= 1'h1;
    else if(pvtmonb4_count_start_ff)
      pvtmonb4_count_done_ff <= 1'h0;
  end // block: pvtmonb4_osc_count_done_register

// Oscillator clock counter register
always @(posedge i_cfg_avmm_clk or negedge i_cfg_avmm_rst_n)
  begin: pvtmonb4_osc_clk_count_register
    if(!i_cfg_avmm_rst_n)
      pvtmonb4_osc_clk_count_ff[9:0] <= 10'h0;
    else if(pvtmonb_count_done)
      pvtmonb4_osc_clk_count_ff[9:0] <= pvtmonb_osc_clk_count[9:0];
  end // block: pvtmonb4_osc_clk_count_register

// PVT monitor counter start register
always @(posedge i_cfg_avmm_clk or negedge i_cfg_avmm_rst_n)
  begin: pvtmonb4_count_start_register
    if(!i_cfg_avmm_rst_n)
      begin
        pvtmonb4_count_start_ff <= 1'h0;
      end
    else if(pvtmonb_count_done)
      begin
        pvtmonb4_count_start_ff <= 1'h0;
      end
    else if(pvtmonb4_wbyte_23_16)
      begin
        pvtmonb4_count_start_ff <= i_cfg_avmm_wdata[16];
      end
  end // block: pvtmonb4_byte_23_16_register

assign pvtmonb4_data[31:0] = { pvtmonb4_count_done_ff,
                               14'h0,
                               pvtmonb4_count_start_ff,
                               6'h0,
                               pvtmonb4_osc_clk_count_ff[9:0] };

// Logic to avoid that analog control signals change during scan
assign pvtmonb_count_start = pvtmonb4_count_start_ff & {(~i_scan_mode)};

//------------------------------------------------------------------------------
//                             AIBIO PVTMONC3 register
//------------------------------------------------------------------------------

assign pvtmonc3_sel  = (i_cfg_avmm_addr[7:2]  == PVTMONC3_ADDR_OFF[7:2]);
assign pvtmonc3_read = pvtmonc3_sel & top_only_read;

assign pvtmonc3_wbyte_23_16 = top_only_write & pvtmonc3_sel & i_cfg_avmm_byte_en[2];
assign pvtmonc3_wbyte_31_24 = top_only_write & pvtmonc3_sel & i_cfg_avmm_byte_en[3];

always @(posedge i_cfg_avmm_clk or negedge i_cfg_avmm_rst_n)
  begin: pvtmonc3_byte_23_16_register
    if(!i_cfg_avmm_rst_n)
      begin
        pvtmonc3_osc_sel_ff[2:0]    <= 3'h0;
        pvtmonc3_osc_clkdiv_ff[2:0] <= 3'h0;
      end
    else if(pvtmonc3_wbyte_23_16)
      begin
        pvtmonc3_osc_sel_ff[2:0]    <= i_cfg_avmm_wdata[18:16];
        pvtmonc3_osc_clkdiv_ff[2:0] <= i_cfg_avmm_wdata[22:20];
      end
  end // block: pvtmonc3_byte_23_16_register

always @(posedge i_cfg_avmm_clk or negedge i_cfg_avmm_rst_n)
  begin: pvtmonc3_byte_31_24_register
    if(!i_cfg_avmm_rst_n)
      begin
        pvtmonc3_ref_clkdiv_ff[2:0]  <= 3'h0;
        pvtmonc3_digview_sel_ff[2:0] <= 3'h0;
        pvtmonc3_dfx_en_ff           <= 1'b0;
        pvtmonc3_en_ff               <= 1'h0;
      end
    else if(pvtmonc3_wbyte_31_24)
      begin
        pvtmonc3_ref_clkdiv_ff[2:0]  <= i_cfg_avmm_wdata[26:24];
        pvtmonc3_digview_sel_ff[2:0] <= i_cfg_avmm_wdata[29:27];
        pvtmonc3_dfx_en_ff           <= i_cfg_avmm_wdata[30];
        pvtmonc3_en_ff               <= i_cfg_avmm_wdata[31];
      end
  end // block: pvtmonc3_byte_31_24_register

assign pvtmonc3_data[31:0] = { pvtmonc3_en_ff,
                               pvtmonc3_dfx_en_ff,
                               pvtmonc3_digview_sel_ff[2:0],
                               pvtmonc3_ref_clkdiv_ff[2:0],
                               1'h0,
                               pvtmonc3_osc_clkdiv_ff[2:0],
                               1'h0,
                               pvtmonc3_osc_sel_ff[2:0],
                               16'h0 };

// Logic to avoid that analog control signals change during scan
assign pvtmonc_en          = pvtmonc3_en_ff               & {(~i_scan_mode)};
assign pvtmonc_dfx_en      = pvtmonc3_dfx_en_ff           & {(~i_scan_mode)};
assign pvtmonc_digview_sel = pvtmonc3_digview_sel_ff[2:0] & {3{(~i_scan_mode)}};
assign pvtmonc_ref_clkdiv  = pvtmonc3_ref_clkdiv_ff[2:0]  & {3{(~i_scan_mode)}};
assign pvtmonc_osc_clkdiv  = pvtmonc3_osc_clkdiv_ff[2:0]  & {3{(~i_scan_mode)}};
assign pvtmonc_osc_sel     = pvtmonc3_osc_sel_ff[2:0]     & {3{(~i_scan_mode)}};

//------------------------------------------------------------------------------
//                             AIBIO PVTMONC4 register
//------------------------------------------------------------------------------

assign pvtmonc4_sel  = (i_cfg_avmm_addr[7:2]  == PVTMONC4_ADDR_OFF[7:2]);
assign pvtmonc4_read = pvtmonc4_sel & top_only_read;

assign pvtmonc4_wbyte_23_16 = top_only_write & pvtmonc4_sel & i_cfg_avmm_byte_en[2];

// Oscillator clock counter done register
always @(posedge i_cfg_avmm_clk or negedge i_cfg_avmm_rst_n)
  begin: pvtmonc4_osc_count_done_register
    if(!i_cfg_avmm_rst_n)
      pvtmonc4_count_done_ff <= 1'h0;
    else if(pvtmonc_count_done)
      pvtmonc4_count_done_ff <= 1'h1;
    else if(pvtmonc4_count_start_ff)
      pvtmonc4_count_done_ff <= 1'h0;
  end // block: pvtmonc4_osc_count_done_register

// Oscillator clock counter register
always @(posedge i_cfg_avmm_clk or negedge i_cfg_avmm_rst_n)
  begin: pvtmonc4_osc_clk_count_register
    if(!i_cfg_avmm_rst_n)
      pvtmonc4_osc_clk_count_ff[9:0] <= 10'h0;
    else if(pvtmonc_count_done)
      pvtmonc4_osc_clk_count_ff[9:0] <= pvtmonc_osc_clk_count[9:0];
  end // block: pvtmonc4_osc_clk_count_register

// PVT monitor counter start register
always @(posedge i_cfg_avmm_clk or negedge i_cfg_avmm_rst_n)
  begin: pvtmonc4_count_start_register
    if(!i_cfg_avmm_rst_n)
      begin
        pvtmonc4_count_start_ff <= 1'h0;
      end
    else if(pvtmonc_count_done)
      begin
        pvtmonc4_count_start_ff <= 1'h0;
      end
    else if(pvtmonc4_wbyte_23_16)
      begin
        pvtmonc4_count_start_ff <= i_cfg_avmm_wdata[16];
      end
  end // block: pvtmonc4_byte_23_16_register

assign pvtmonc4_data[31:0] = { pvtmonc4_count_done_ff,
                               14'h0,
                               pvtmonc4_count_start_ff,
                               6'h0,
                               pvtmonc4_osc_clk_count_ff[9:0] };

// Logic to avoid that analog control signals change during scan
assign pvtmonc_count_start = pvtmonc4_count_start_ff & {(~i_scan_mode)};

//------------------------------------------------------------------------------
//                             AIBIO PVTMOND3 register
//------------------------------------------------------------------------------

assign pvtmond3_sel  = (i_cfg_avmm_addr[7:2]  == PVTMOND3_ADDR_OFF[7:2]);
assign pvtmond3_read = pvtmond3_sel & top_only_read;

assign pvtmond3_wbyte_23_16 = top_only_write & pvtmond3_sel & i_cfg_avmm_byte_en[2];
assign pvtmond3_wbyte_31_24 = top_only_write & pvtmond3_sel & i_cfg_avmm_byte_en[3];

always @(posedge i_cfg_avmm_clk or negedge i_cfg_avmm_rst_n)
  begin: pvtmond3_byte_23_16_register
    if(!i_cfg_avmm_rst_n)
      begin
        pvtmond3_osc_sel_ff[2:0]    <= 3'h0;
        pvtmond3_osc_clkdiv_ff[2:0] <= 3'h0;
      end
    else if(pvtmond3_wbyte_23_16)
      begin
        pvtmond3_osc_sel_ff[2:0]    <= i_cfg_avmm_wdata[18:16];
        pvtmond3_osc_clkdiv_ff[2:0] <= i_cfg_avmm_wdata[22:20];
      end
  end // block: pvtmond3_byte_23_16_register

always @(posedge i_cfg_avmm_clk or negedge i_cfg_avmm_rst_n)
  begin: pvtmond3_byte_31_24_register
    if(!i_cfg_avmm_rst_n)
      begin
        pvtmond3_ref_clkdiv_ff[2:0]  <= 3'h0;
        pvtmond3_digview_sel_ff[2:0] <= 3'h0;
        pvtmond3_dfx_en_ff           <= 1'b0;
        pvtmond3_en_ff               <= 1'h0;
      end
    else if(pvtmond3_wbyte_31_24)
      begin
        pvtmond3_ref_clkdiv_ff[2:0] <= i_cfg_avmm_wdata[26:24];
        pvtmond3_digview_sel_ff[2:0] <= i_cfg_avmm_wdata[29:27];
        pvtmond3_dfx_en_ff          <= i_cfg_avmm_wdata[30];
        pvtmond3_en_ff              <= i_cfg_avmm_wdata[31];
      end
  end // block: pvtmond3_byte_31_24_register

assign pvtmond3_data[31:0] = { pvtmond3_en_ff,
                               pvtmond3_dfx_en_ff,
                               pvtmond3_digview_sel_ff[2:0],
                               pvtmond3_ref_clkdiv_ff[2:0],
                               1'h0,
                               pvtmond3_osc_clkdiv_ff[2:0],
                               1'h0,
                               pvtmond3_osc_sel_ff[2:0],
                               16'h0 };

// Logic to avoid that analog control signals change during scan
assign pvtmond_en          = pvtmond3_en_ff               & {(~i_scan_mode)};
assign pvtmond_dfx_en      = pvtmond3_dfx_en_ff           & {(~i_scan_mode)};
assign pvtmond_digview_sel = pvtmond3_digview_sel_ff[2:0] & {3{(~i_scan_mode)}};
assign pvtmond_ref_clkdiv  = pvtmond3_ref_clkdiv_ff[2:0]  & {3{(~i_scan_mode)}};
assign pvtmond_osc_clkdiv  = pvtmond3_osc_clkdiv_ff[2:0]  & {3{(~i_scan_mode)}};
assign pvtmond_osc_sel     = pvtmond3_osc_sel_ff[2:0]     & {3{(~i_scan_mode)}};

//------------------------------------------------------------------------------
//                             AIBIO PVTMOND4 register
//------------------------------------------------------------------------------

assign pvtmond4_sel  = (i_cfg_avmm_addr[7:2]  == PVTMOND4_ADDR_OFF[7:2]);
assign pvtmond4_read = pvtmond4_sel & top_only_read;

assign pvtmond4_wbyte_23_16 = top_only_write & pvtmond4_sel & i_cfg_avmm_byte_en[2];

// Oscillator clock counter done register
always @(posedge i_cfg_avmm_clk or negedge i_cfg_avmm_rst_n)
  begin: pvtmond4_osc_count_done_register
    if(!i_cfg_avmm_rst_n)
      pvtmond4_count_done_ff <= 1'h0;
    else if(pvtmond_count_done)
      pvtmond4_count_done_ff <= 1'h1;
    else if(pvtmond4_count_start_ff)
      pvtmond4_count_done_ff <= 1'h0;
  end // block: pvtmond4_osc_count_done_register

// Oscillator clock counter register
always @(posedge i_cfg_avmm_clk or negedge i_cfg_avmm_rst_n)
  begin: pvtmond4_osc_clk_count_register
    if(!i_cfg_avmm_rst_n)
      pvtmond4_osc_clk_count_ff[9:0] <= 10'h0;
    else if(pvtmond_count_done)
      pvtmond4_osc_clk_count_ff[9:0] <= pvtmond_osc_clk_count[9:0];
  end // block: pvtmond4_osc_clk_count_register

// PVT monitor counter start register
always @(posedge i_cfg_avmm_clk or negedge i_cfg_avmm_rst_n)
  begin: pvtmond4_count_start_register
    if(!i_cfg_avmm_rst_n)
      begin
        pvtmond4_count_start_ff <= 1'h0;
      end
    else if(pvtmond_count_done)
      begin
        pvtmond4_count_start_ff <= 1'h0;
      end
    else if(pvtmond4_wbyte_23_16)
      begin
        pvtmond4_count_start_ff <= i_cfg_avmm_wdata[16];
      end
  end // block: pvtmond4_byte_23_16_register

assign pvtmond4_data[31:0] = { pvtmond4_count_done_ff,
                               14'h0,
                               pvtmond4_count_start_ff,
                               6'h0,
                               pvtmond4_osc_clk_count_ff[9:0] };

// Logic to avoid that analog control signals change during scan
assign pvtmond_count_start = pvtmond4_count_start_ff & {(~i_scan_mode)};

//------------------------------------------------------------------------------
//                             AIBIO PVTMONE3 register
//------------------------------------------------------------------------------

assign pvtmone3_sel  = (i_cfg_avmm_addr[7:2]  == PVTMONE3_ADDR_OFF[7:2]);
assign pvtmone3_read = pvtmone3_sel & top_only_read;

assign pvtmone3_wbyte_23_16 = top_only_write & pvtmone3_sel & i_cfg_avmm_byte_en[2];
assign pvtmone3_wbyte_31_24 = top_only_write & pvtmone3_sel & i_cfg_avmm_byte_en[3];

always @(posedge i_cfg_avmm_clk or negedge i_cfg_avmm_rst_n)
  begin: pvtmone3_byte_23_16_register
    if(!i_cfg_avmm_rst_n)
      begin
        pvtmone3_osc_sel_ff[2:0]    <= 3'h0;
        pvtmone3_osc_clkdiv_ff[2:0] <= 3'h0;
      end
    else if(pvtmone3_wbyte_23_16)
      begin
        pvtmone3_osc_sel_ff[2:0]    <= i_cfg_avmm_wdata[18:16];
        pvtmone3_osc_clkdiv_ff[2:0] <= i_cfg_avmm_wdata[22:20];
      end
  end // block: pvtmone3_byte_23_16_register

always @(posedge i_cfg_avmm_clk or negedge i_cfg_avmm_rst_n)
  begin: pvtmone3_byte_31_24_register
    if(!i_cfg_avmm_rst_n)
      begin
        pvtmone3_ref_clkdiv_ff[2:0]  <= 3'h0;
        pvtmone3_digview_sel_ff[2:0] <= 3'h0;
        pvtmone3_dfx_en_ff           <= 1'b0;
        pvtmone3_en_ff               <= 1'h0;
      end
    else if(pvtmone3_wbyte_31_24)
      begin
        pvtmone3_ref_clkdiv_ff[2:0]  <= i_cfg_avmm_wdata[26:24];
        pvtmone3_digview_sel_ff[2:0] <= i_cfg_avmm_wdata[29:27];
        pvtmone3_dfx_en_ff           <= i_cfg_avmm_wdata[30];
        pvtmone3_en_ff               <= i_cfg_avmm_wdata[31];
      end
  end // block: pvtmone3_byte_31_24_register

assign pvtmone3_data[31:0] = { pvtmone3_en_ff,
                               pvtmone3_dfx_en_ff,
                               pvtmone3_digview_sel_ff[2:0],
                               pvtmone3_ref_clkdiv_ff[2:0],
                               1'h0,
                               pvtmone3_osc_clkdiv_ff[2:0],
                               1'h0,
                               pvtmone3_osc_sel_ff[2:0],
                               16'h0 };

// Logic to avoid that analog control signals change during scan
assign pvtmone_en           = pvtmone3_en_ff               & {(~i_scan_mode)};
assign pvtmone_dfx_en       = pvtmone3_dfx_en_ff           & {(~i_scan_mode)};
assign pvtmone_digview_sel  = pvtmone3_digview_sel_ff[2:0] & {3{(~i_scan_mode)}};
assign pvtmone_ref_clkdiv   = pvtmone3_ref_clkdiv_ff[2:0]  & {3{(~i_scan_mode)}};
assign pvtmone_osc_clkdiv   = pvtmone3_osc_clkdiv_ff[2:0]  & {3{(~i_scan_mode)}};
assign pvtmone_osc_sel      = pvtmone3_osc_sel_ff[2:0]     & {3{(~i_scan_mode)}};

//------------------------------------------------------------------------------
//                             AIBIO PVTMONE4 register
//------------------------------------------------------------------------------

assign pvtmone4_sel  = (i_cfg_avmm_addr[7:2]  == PVTMONE4_ADDR_OFF[7:2]);
assign pvtmone4_read = pvtmone4_sel & top_only_read;

assign pvtmone4_wbyte_23_16 = top_only_write & pvtmone4_sel & i_cfg_avmm_byte_en[2];

// Oscillator clock counter done register
always @(posedge i_cfg_avmm_clk or negedge i_cfg_avmm_rst_n)
  begin: pvtmone4_osc_count_done_register
    if(!i_cfg_avmm_rst_n)
      pvtmone4_count_done_ff <= 1'h0;
    else if(pvtmone_count_done)
      pvtmone4_count_done_ff <= 1'h1;
    else if(pvtmone4_count_start_ff)
      pvtmone4_count_done_ff <= 1'h0;
  end // block: pvtmone4_osc_count_done_register

// Oscillator clock counter register
always @(posedge i_cfg_avmm_clk or negedge i_cfg_avmm_rst_n)
  begin: pvtmone4_osc_clk_count_register
    if(!i_cfg_avmm_rst_n)
      pvtmone4_osc_clk_count_ff[9:0] <= 10'h0;
    else if(pvtmone_count_done)
      pvtmone4_osc_clk_count_ff[9:0] <= pvtmone_osc_clk_count[9:0];
  end // block: pvtmone4_osc_clk_count_register

// PVT monitor counter start register
always @(posedge i_cfg_avmm_clk or negedge i_cfg_avmm_rst_n)
  begin: pvtmone4_count_start_register
    if(!i_cfg_avmm_rst_n)
      begin
        pvtmone4_count_start_ff <= 1'h0;
      end
    else if(pvtmone_count_done)
      begin
        pvtmone4_count_start_ff <= 1'h0;
      end
    else if(pvtmone4_wbyte_23_16)
      begin
        pvtmone4_count_start_ff <= i_cfg_avmm_wdata[16];
      end
  end // block: pvtmone4_byte_23_16_register

assign pvtmone4_data[31:0] = { pvtmone4_count_done_ff,
                               14'h0,
                               pvtmone4_count_start_ff,
                               6'h0,
                               pvtmone4_osc_clk_count_ff[9:0] };

// Logic to avoid that analog control signals change during scan
assign pvtmone_count_start = pvtmone4_count_start_ff & {(~i_scan_mode)};

//------------------------------------------------------------------------------
//                             Read data logic
//------------------------------------------------------------------------------

assign rdata_comb[31:0] = (adc0_read       ? adc0_data[31:0]       : 32'h0) |
                          (adc1_read       ? adc1_data[31:0]       : 32'h0) |
                          (adc2_read       ? adc2_data[31:0]       : 32'h0) |
                          (adc3_read       ? adc3_data[31:0]       : 32'h0) |
                          (adc4_read       ? adc4_data[31:0]       : 32'h0) |
                          (pvtmona3_read   ? pvtmona3_data[31:0]   : 32'h0) |
                          (pvtmona4_read   ? pvtmona4_data[31:0]   : 32'h0) |
                          (pvtmonb3_read   ? pvtmonb3_data[31:0]   : 32'h0) |
                          (pvtmonb4_read   ? pvtmonb4_data[31:0]   : 32'h0) |
                          (pvtmonc3_read   ? pvtmonc3_data[31:0]   : 32'h0) |
                          (pvtmonc4_read   ? pvtmonc4_data[31:0]   : 32'h0) |
                          (pvtmond3_read   ? pvtmond3_data[31:0]   : 32'h0) |
                          (pvtmond4_read   ? pvtmond4_data[31:0]   : 32'h0) |
                          (pvtmone3_read   ? pvtmone3_data[31:0]   : 32'h0) |
                          (pvtmone4_read   ? pvtmone4_data[31:0]   : 32'h0) |
                          (auxch_read      ? auxch_data[31:0]      : 32'h0);

always @(posedge i_cfg_avmm_clk or negedge i_cfg_avmm_rst_n)
  begin: avmm_rdata_top_register
    if(!i_cfg_avmm_rst_n)
      avmm_rdata_top[31:0] <= 32'h0;
    else
      avmm_rdata_top[31:0] <= rdata_comb[31:0];
  end // block: avmm_rdata_top_register

endmodule // aib_avmm_top